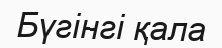
Бүгінгі қала